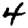
Digit: 4